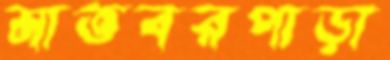
মাতবরপাড়া